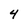
Character: 4